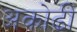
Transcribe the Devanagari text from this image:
अकोढी